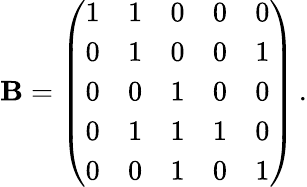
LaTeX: \mathbf{B}=\left(\begin{array}{lllll}{1}&{1}&{0}&{0}&{0}\\ {0}&{1}&{0}&{0}&{1}\\ {0}&{0}&{1}&{0}&{0}\\ {0}&{1}&{1}&{1}&{0}\\ {0}&{0}&{1}&{0}&{1}\end{array}\right)\, .